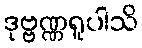
ဒုဗ္ဗဏ္ဏရူပါသိ